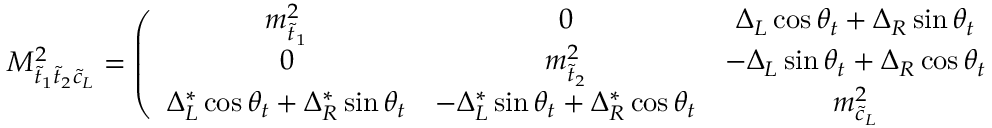
{ \cal M } _ { \tilde { t } _ { 1 } \tilde { t } _ { 2 } \tilde { c } _ { L } } ^ { 2 } = \left( \begin{array} { c c c } { { m _ { \tilde { t } _ { 1 } } ^ { 2 } } } & { { 0 } } & { { \Delta _ { L } \cos \theta _ { t } + \Delta _ { R } \sin \theta _ { t } } } \\ { { 0 } } & { { m _ { \tilde { t } _ { 2 } } ^ { 2 } } } & { { - \Delta _ { L } \sin \theta _ { t } + \Delta _ { R } \cos \theta _ { t } } } \\ { { \Delta _ { L } ^ { \ast } \cos \theta _ { t } + \Delta _ { R } ^ { \ast } \sin \theta _ { t } } } & { { - \Delta _ { L } ^ { \ast } \sin \theta _ { t } + \Delta _ { R } ^ { \ast } \cos \theta _ { t } } } & { { m _ { \tilde { c } _ { L } } ^ { 2 } } } \end{array} \right)